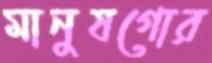
মানুষগোর